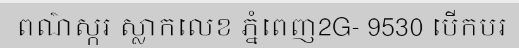
ពណ៌ស្ករ ស្លាកលេខ ភ្នំពេញ2G- 9530 បើកបរ